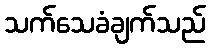
သက်သေခံချက်သည်